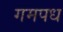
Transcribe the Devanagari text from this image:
गमपध